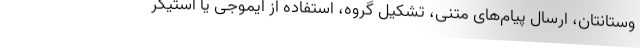
وستانتان، ارسال پیام‌های متنی، تشکیل گروه، استفاده از ایموجی یا استیکر